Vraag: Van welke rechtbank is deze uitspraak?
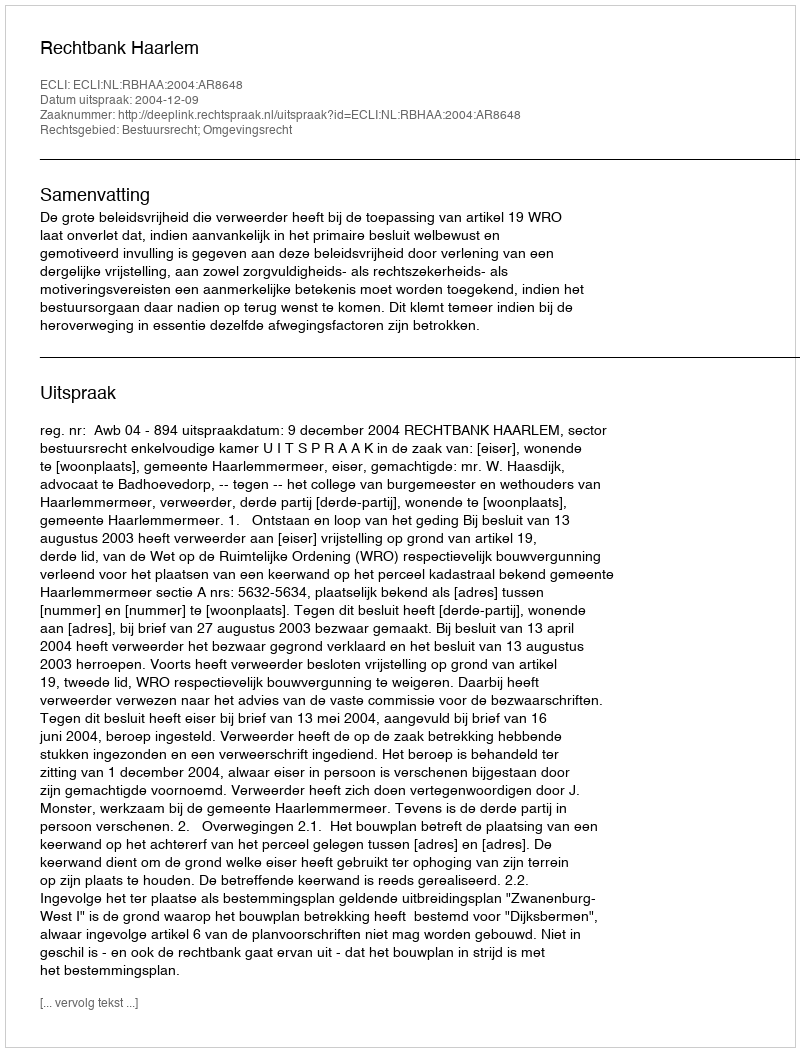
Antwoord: Rechtbank Haarlem